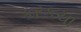
કરકચા